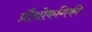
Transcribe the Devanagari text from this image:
प्रौद्योकगिकी